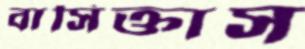
বাসিক্তাস